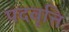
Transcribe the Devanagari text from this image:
पदवृत्ति